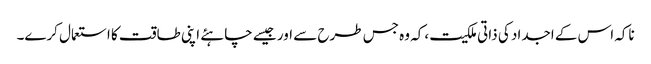
ناکہ اس کے اجداد کی ذاتی ملکیت ،کہ وہ جس طرح سے اور جیسے چاہئے اپنی طاقت کا استعمال کرے۔